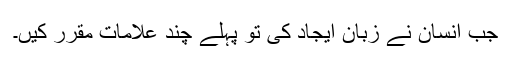
جب انسان نے زبان ایجاد کی تو پہلے چند علامات مقرر کیں۔